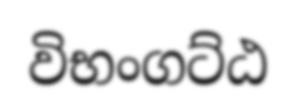
විභංගට්ඨ